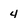
Character: 4